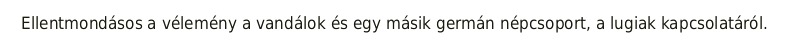
Ellentmondásos a vélemény a vandálok és egy másik germán népcsoport, a lugiak kapcsolatáról.